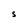
Character: S